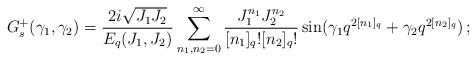
LaTeX: \begin{align*}G^+_s(\gamma_1,\gamma_2) = \frac{2 i \sqrt{J_1J_2}}{E_q(J_1,J_2)}\sum_{n_1,n_2 =0}^\infty\frac{J_1^{n_1}J_2^{n_2}}{[n_1]_q![n_2]_q!}\sin(\gamma_1 q^{2[n_1]_q}+\gamma_2q^{2[n_2]_q})\,;\end{align*}